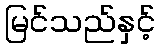
မြင်သည်နှင့်